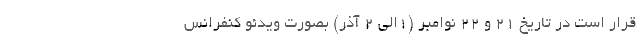
قرار است در تاریخ ۲۱ و ۲۲ نوامبر (۱الی ۲ آذر) بصورت ویدئو کنفرانس